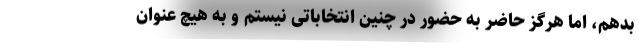
بدهم، اما هرگز حاضر به حضور در چنین انتخاباتی نیستم و به هیچ عنوان